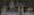
عائله